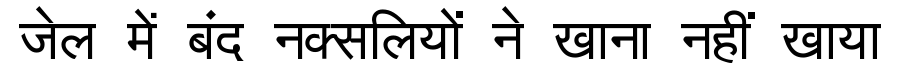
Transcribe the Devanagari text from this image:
जेल में बंद नक्सलियों ने खाना नहीं खाया